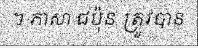
។ ភាសា ជប៉ុន ត្រូវបាន